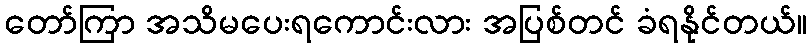
တော်ကြာ အသိမပေးရကောင်းလား အပြစ်တင် ခံရနိုင်တယ်။